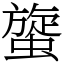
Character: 䗠